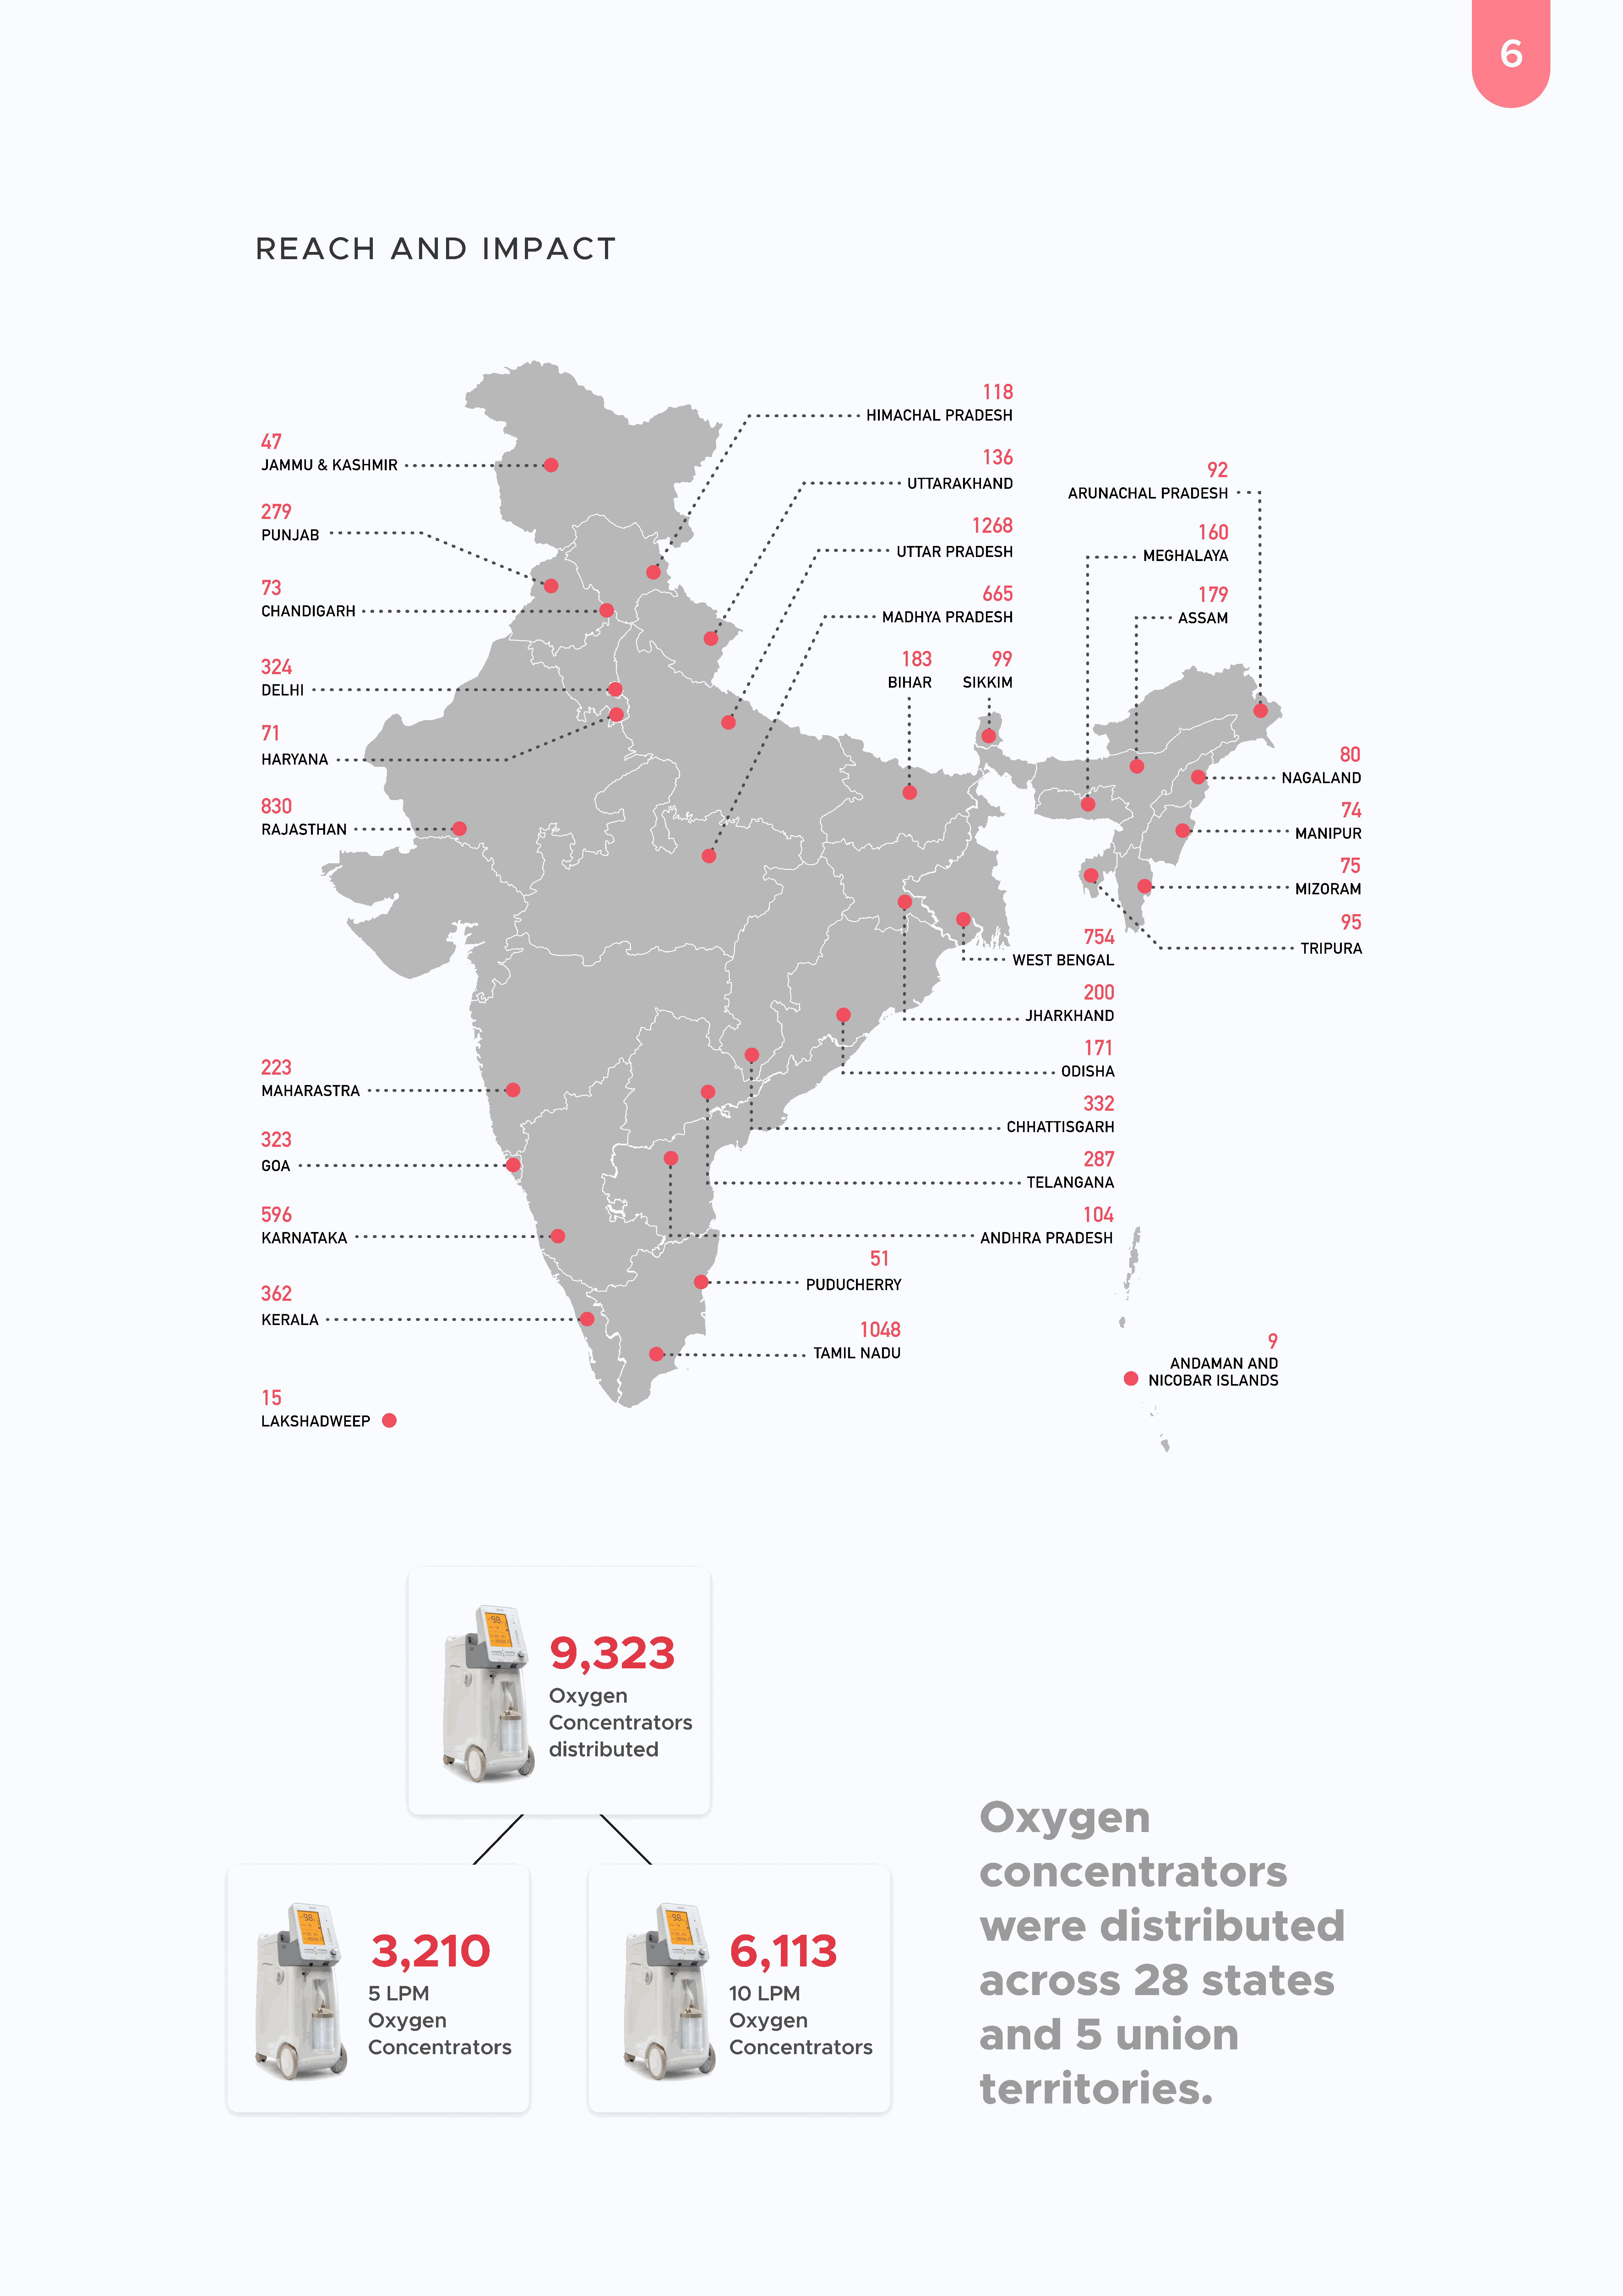
6
 R    E    A    C    H       A     N    D        I M     P    A     C    T
 118
 Himachal        Pradesh
 47
 136
 jammu       &  kashmir                                                                                                                                                                                  92
 uttarakhand
 arunachal           pradesh
 279
 1268
 160
 punjab
 uttar     pradesh
 meghalaya
 73
 665                                          179
 ChanDigarh
 madhya       pradesh                                          assam
 183                99
 324
 bihar           sikkim
 delhi
 71
 80
 haryana
 nagaland
 830
 74
 rajasthan
 manipur
 75
 mizoram
 95
 754
 tripura
 WEST      BENGAL
 200
 jharkhand
 171
 223
 odisha
 maharastra
 332
 chhattisgarh
 323
 287
 goa
 telangana
 596                                                                                                                                                                          104
 karnataka                                                                                                                                               andhra       pradesh
 51
 Puducherry
 362
 kerala
 1048
 9
 tamil    nadu
 Andaman         and
 Nicobar       Islands
 15
 Lakshadweep
 9,323
 Oxygen
 Concentrators
 distributed
 Oxygen
 concentrators
 were                      distributed
 3,210                                                                       6,113
 across                           28            states
 5  LPM
 10    LPM
 Oxygen
 Oxygen
 and                  5       union
 Concentrators                                                               Concentrators
 territories.